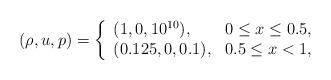
LaTeX: \begin{align*}(\rho,u,p)=\left\{\begin{array}{ll}(1,0,10^{10}), & \textrm{$ 0 \leq x \leq 0.5$},\\(0.125,0,0.1), & \textrm{$ 0.5 \leq x < 1$},\end{array}\right.\end{align*}